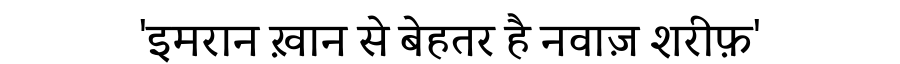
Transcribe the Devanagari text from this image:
'इमरान ख़ान से बेहतर है नवाज़ शरीफ़'